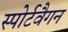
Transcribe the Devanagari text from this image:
स्पोर्टवैगन